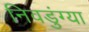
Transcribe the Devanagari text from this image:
निवडुंग्या